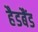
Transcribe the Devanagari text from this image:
हैडबैंड